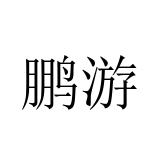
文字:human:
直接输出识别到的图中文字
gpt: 鹏游